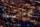
منتبه